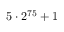
5 \cdot 2 ^ { 7 5 } + 1